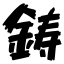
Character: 鋳